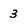
Character: 3